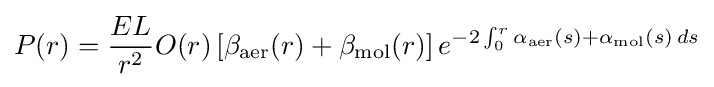
P(r)={\frac {EL}{r^{2}}}O(r)\left[\beta _{\mathrm {aer} }(r)+\beta _{\mathrm {mol} }(r)\right]e^{-2\int _{0}^{r}\alpha _{\mathrm {aer} }(s)+\alpha _{\mathrm {mol} }(s)\,ds}